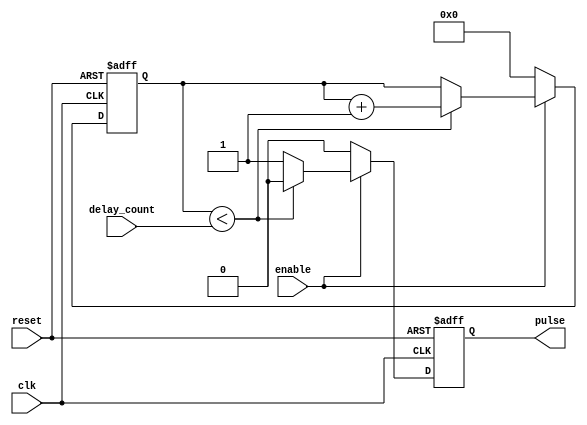
module falling_edge_pulse_generator (
    input wire clk,
    input wire reset,
    input wire enable,
    input wire delay_count,
    output reg pulse
);

reg [31:0] counter;

always @ (posedge clk or posedge reset) begin
    if (reset) begin
        counter <= 0;
        pulse <= 0;
    end else begin
        if (enable) begin
            if (counter < delay_count) begin
                counter <= counter + 1;
                pulse <= 0;
            end else begin
                pulse <= 1;
            end
        end else begin
            pulse <= 0;
            counter <= 0;
        end
    end
end

endmodule